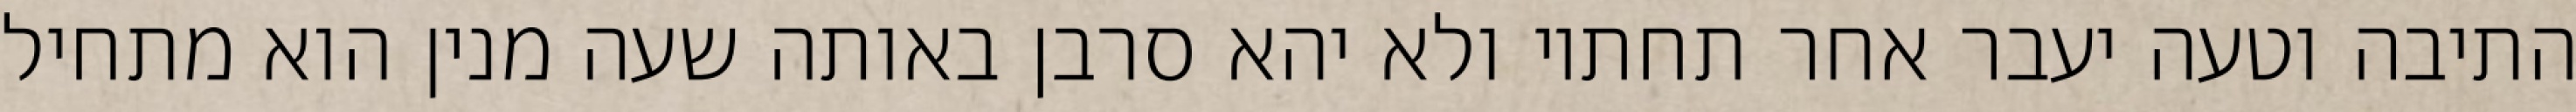
התיבה וטעה יעבר אחר תחתיו ולא יהא סרבן באותה שעה מנין הוא מתחיל